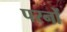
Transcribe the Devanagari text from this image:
परनों